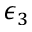
\epsilon _ { 3 }